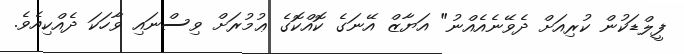
ފީލްޑަކުން ކުރިއަށް ދެވޭނެއެއްނު" އަޔާޒް އޭނަގެ ކޮއްކޮގެ ޢުމުރަށް ވިސްނައި ވާހަކަ ދެއްކިއެވެ.